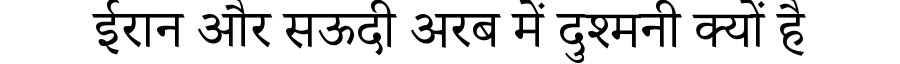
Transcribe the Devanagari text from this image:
ईरान और सऊदी अरब में दुश्मनी क्यों है